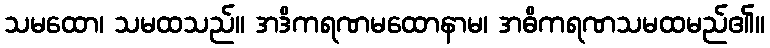
သမထော၊ သမထသည်။ အဒိကရဏမထောနာမ၊ အဓိကရဏသမထမည်၏။